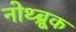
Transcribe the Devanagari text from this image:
नोथ्ब्रूक